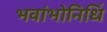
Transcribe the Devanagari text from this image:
भवांभोनिधिं